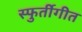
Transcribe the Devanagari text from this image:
स्फुर्तीगीत